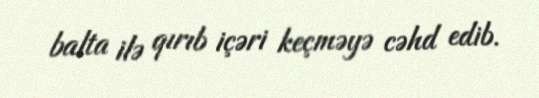
balta ilə qırıb içəri keçməyə cəhd edib.